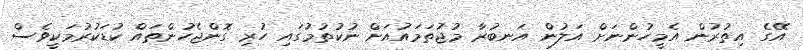
އޭގެ އިތުރުން އެމީހުންނަށް އަލުން އަނބުރާ މުޖުތަމައުއަށް ނުކުތުމުގައި ހުރި ގޮންޖެހުންތައް ކުޑަކުރުމަކީވެސް